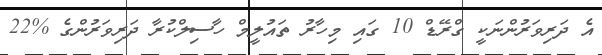
އެ ދަރިވަރުންނަކީ ގްރޭޑް 10 ގައި މިހާރު ތައުލީމް ހާސިލްކުރާ ދަރިވަރުންގެ %22